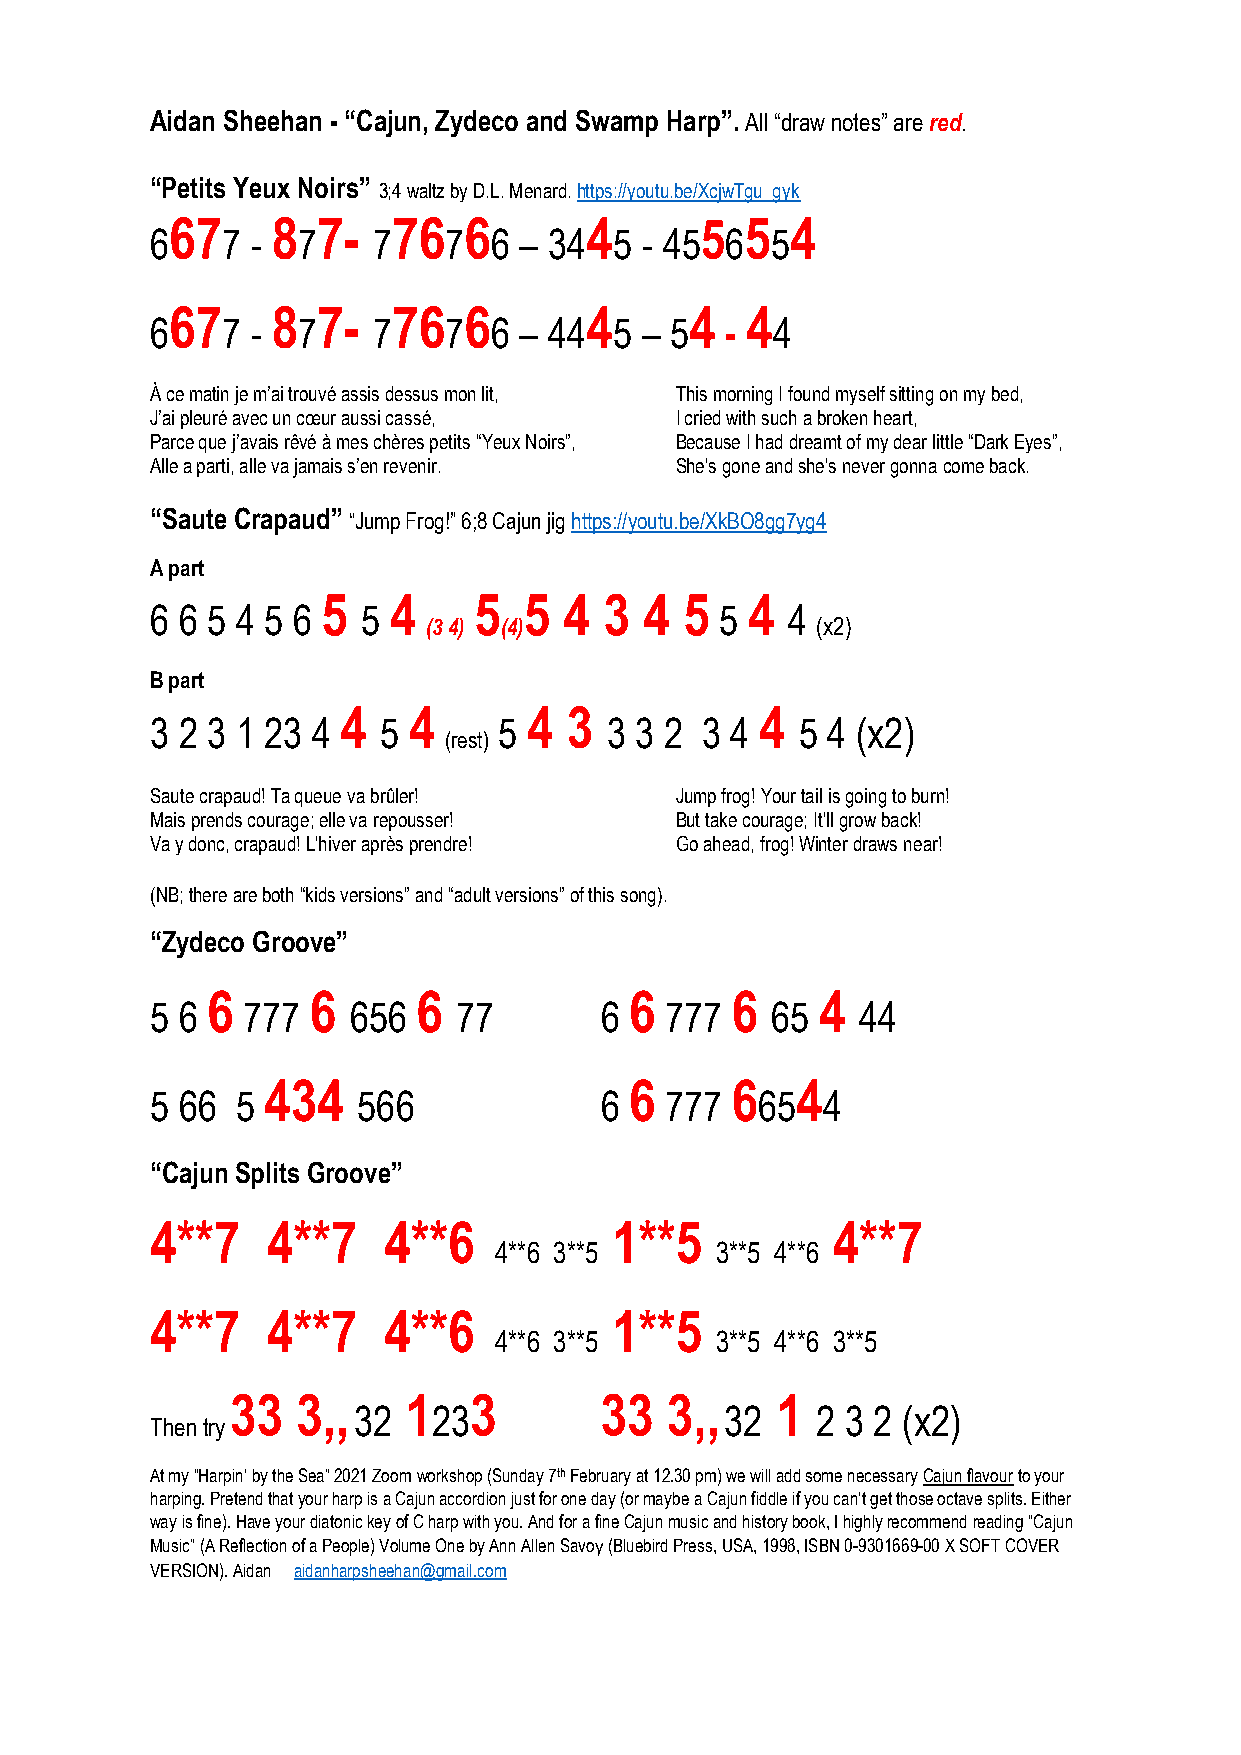
Aidan Sheehan - “Cajun, Zydeco and Swamp Harp”. All “draw notes” are red.
 “Petits Yeux Noirs”
 3;4 waltz by D.L. Menard. https://youtu.be/XcjwTgu_gyk
 67     8  7-   76   6       4      5  5  4
 6    7 -  7    7   7  6 – 34   5 - 45 6  5
 67     8  7-   76   6       4      4  4
 6    7 -  7    7   7  6 – 44   5 – 5  -  4
 À ce matin je m’ai trouvé assis dessus mon lit, This morning I found myself sitting on my bed,
 J’ai pleuré avec un cœur aussi cassé, I cried with such a broken heart,
 Parce que j’avais rêvé à mes chères petits “Yeux Noirs”, Because I had dreamt of my dear little “Dark Eyes”,
 Alle a parti, alle va jamais s’en revenir. She's gone and she's never gonna come back.
 “Saute Crapaud” “Jump Frog!” 6;8 Cajun jig https://youtu.be/XkBO8gg7yg4
 A part
 5    4    5   5 4  3  4 5   4
 6 6 5 4 5 6   5                       5   4
 (3 4) (4)                 (x2)
 B part
 4   4       4 3            4
 3 2 3 1 23 4   5       5      3 3 2 3 4    5 4 (x2)
 (rest)
 Saute crapaud! Ta queue va brûler! Jump frog! Your tail is going to burn!
 Mais prends courage; elle va repousser! But take courage; It'll grow back!
 Va y donc, crapaud! L'hiver après prendre! Go ahead, frog! Winter draws near!
 (NB; there are both “kids versions” and “adult versions” of this song).
 “Zydeco Groove”
 6     6       6             6     6     4
 5 6   777    656    77        6   777    65    44
 434                      6     6    4
 5 66  5       566             6   777   65  4
 “Cajun Splits Groove”
 4**7    4**7   4**6           1**5           4**7
 4**6 3**5     3**5 4**6
 4**7    4**7   4**6           1**5
 4**6 3**5     3**5 4**6 3**5
 33   3,,    1   3        33  3,,    1
 32    23                 32    2 3 2 (x2)
 Then try
 At my “Harpin’ by the Sea” 2021 Zoom workshop (Sunday 7th February at 12.30 pm) we will add some necessary Cajun flavour to your
 harping. Pretend that your harp is a Cajun accordion just for one day (or maybe a Cajun fiddle if you can’t get those octave splits. Either
 way is fine). Have your diatonic key of C harp with you. And for a fine Cajun music and history book, I highly recommend reading “Cajun
 Music” (A Reflection of a People) Volume One by Ann Allen Savoy (Bluebird Press, USA, 1998, ISBN 0-9301669-00 X SOFT COVER
 VERSION). Aidan aidanharpsheehan@gmail.com